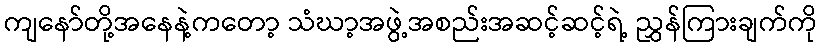
ကျနော်တို့အနေနဲ့ကတော့ သံဃာ့အဖွဲ့အစည်းအဆင့်ဆင့်ရဲ့ ညွှန်ကြားချက်ကို